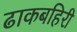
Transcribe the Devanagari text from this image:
ढाकबहिरी